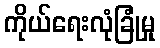
ကိုယ်ရေးလုံခြုံမှု